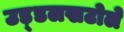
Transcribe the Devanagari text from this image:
उड़्डलखटोले